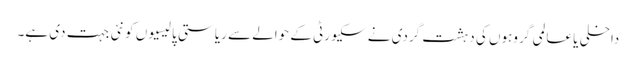
داخلی یا عالمی گروہوں کی دہشت گردی نے سکیورٹی کے حوالے سے ریاستی پالیسیوں کو نئی جہت دی ہے۔